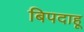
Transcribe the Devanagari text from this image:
बिपदाहू